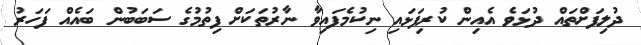
ދުލިފަށްތައް ދުޅަވެ އެއިން ކުރިފަޅައި ނިކުމެފައިވާ ނާރުތަކަށް ފިތުމުގެ ސަބަބުން ބައެއް ފަހަރު